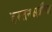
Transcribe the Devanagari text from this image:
हस्तनक्षत्रींचा